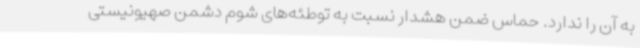
به آن را ندارد. حماس ضمن هشدار نسبت به توطئه‌های شوم دشمن صهیونیستی